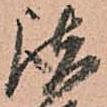
諸